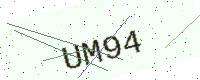
Text: UM94